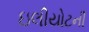
ઇલીયોટની